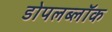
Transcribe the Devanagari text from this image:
डोपलब्लॉक